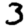
Digit: 3